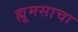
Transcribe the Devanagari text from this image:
ह्यूमसाचा